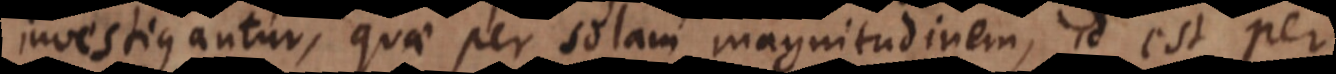
investigantur, quae per solam magnitudinem, id est per